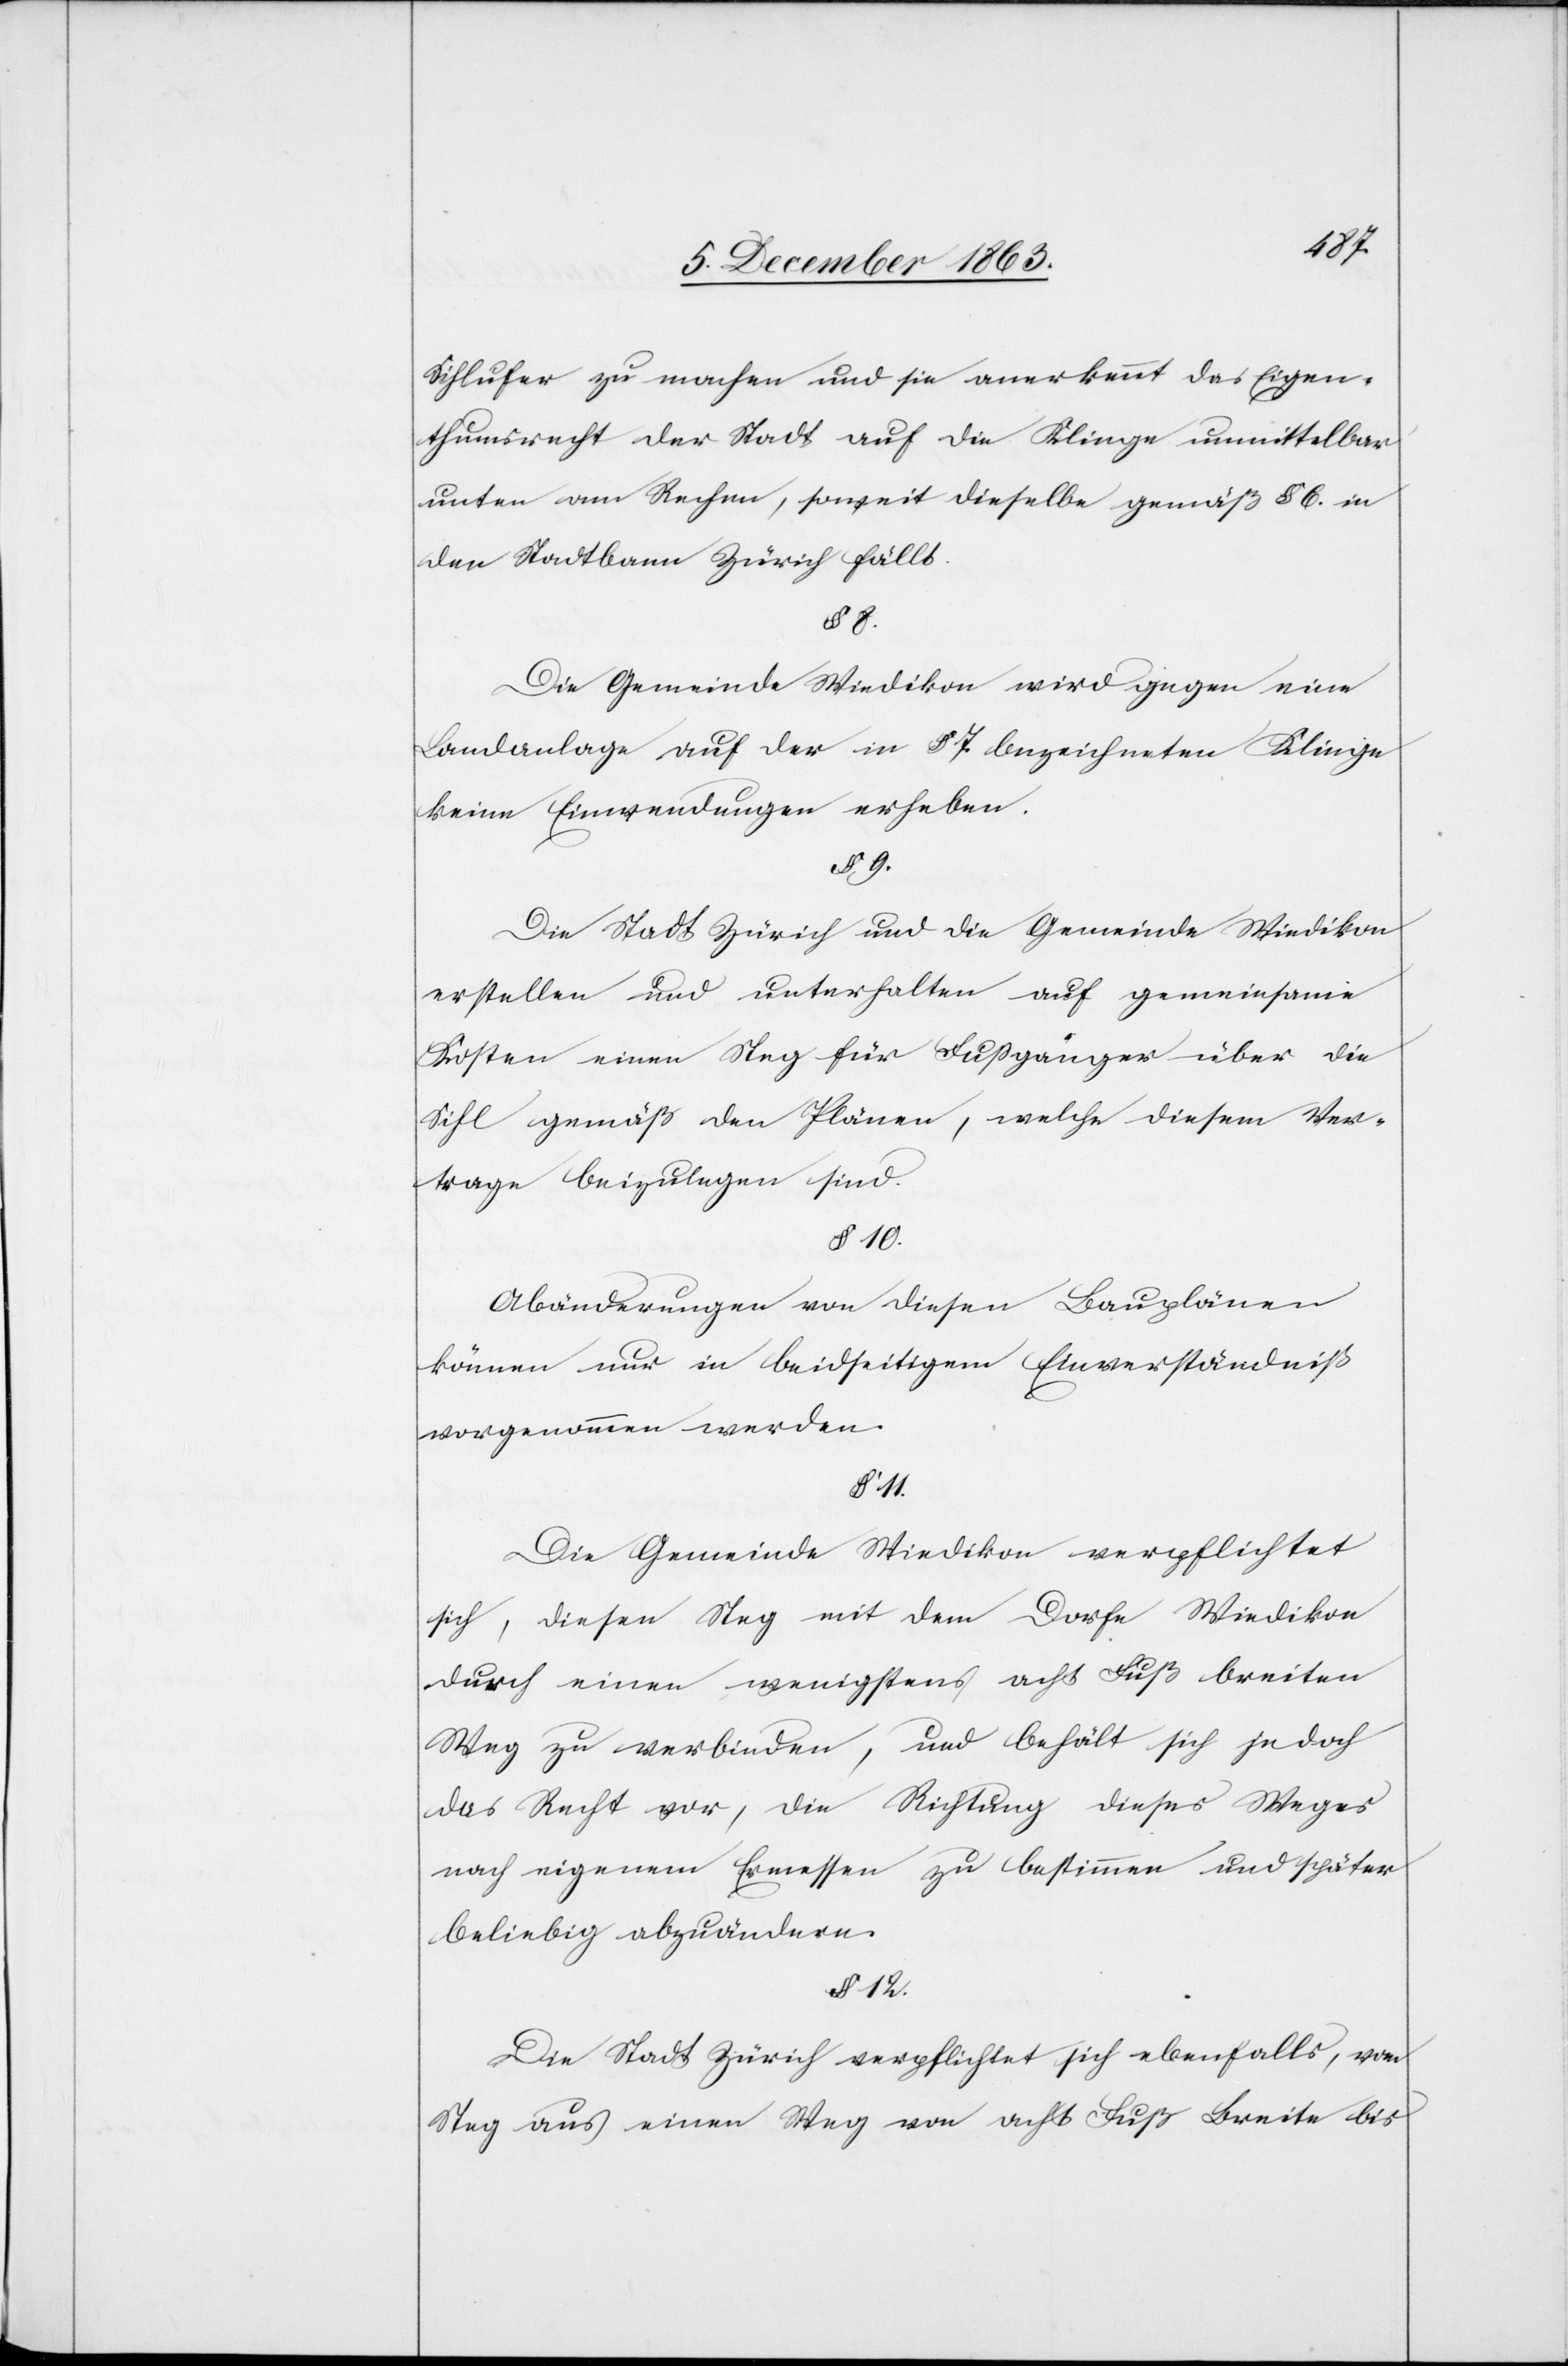
Sihlufer zu machen und sie anerkennt das Eigen¬
thumsrecht der Stadt auf die Klinge unmittelbar
unten am Rechen, soweit dieselbe gemäß § 6. in
den Stadtbann Zürich fällt.
§ 8.
Die Gemeinde Wiedikon wird gegen eine
Landanlage auf der in § 7. bezeichneten Klinge
keine Einwendungen erheben.
§ 9.
Die Stadt Zürich und die Gemeinde Wiedikon
erstellen und unterhalten auf gemeinsame
Kosten einen Steg für Fussgänger über die
Sihl gemäß den Plänen, welche diesem Ver¬
trage beizulegen sind.
§ 10.
Abänderungen von diesen Bauplänen
können nur in beidseitigem Einverständniß
vorgenommen werden.
Die Gemeinde Wiedikon verpflichtet
sich, diesen Steg mit dem Dorfe Wiedikon
durch einen wenigstens acht Fuß breiten
Weg zu verbinden, und behält sich jedoch
das Recht vor, die Richtung dieses Weges
nach eigenem Ermessen zu bestimmen und später
beliebig abzuändern.
§ 12.
Die Stadt Zürich verpflichtet sich ebenfalls, vom
Steg aus einen Weg von acht Fuß Breite bis